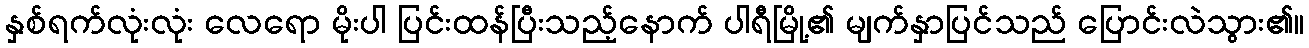
နှစ်ရက်လုံးလုံး လေရော မိုးပါ ပြင်းထန်ပြီးသည့်နောက် ပါရီမြို့၏ မျက်နှာပြင်သည် ပြောင်းလဲသွား၏။